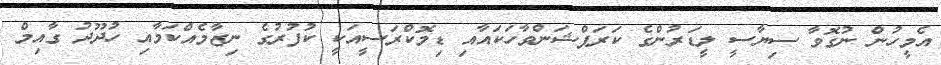
އެމީހުން ނުގޮވާ ސިޔާސީ ލީޑަރުންގެ ކަރަޕްޝަންވާހަކައާއި ޑިމޮކްރަސީއަކީ ކުފުރުގެ ނިޒާމެއްކަމާއި ހުދޫދު ގާއިމް